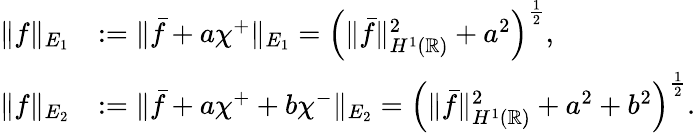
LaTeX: \begin{array}{rl}{\| f\| _{E_{1}}}&{:=\| \bar{f}+a\chi^{+}\| _{E_{1}}=\left(\| \bar{f}\| _{H^{1}(\mathbb{R})}^{2}+a^{2}\right)^{\frac{1}{2}},}\\ {\| f\| _{E_{2}}}&{:=\| \bar{f}+a\chi^{+}+b\chi^{-}\| _{E_{2}}=\left(\| \bar{f}\| _{H^{1}(\mathbb{R})}^{2}+a^{2}+b^{2}\right)^{\frac{1}{2}}.}\end{array}